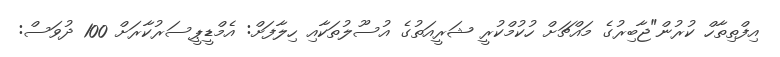
އިފްތިތާހް ކުރުން"ޖާބިރުގެ މައްޗަށް ހުކުމްކުރީ ޝަރީއަތުގެ އުސޫލުތަކާއި ހިލާފަށް: އެމްޑީޕީސަރުކާރަށް 100 ދުވަސް: